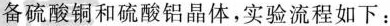
备硫酸铜和硫酸铝晶体，实验流程如下：